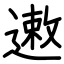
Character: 遫